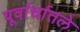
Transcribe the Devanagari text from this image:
पूर्वार्धातले